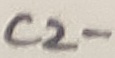
Text: C2-